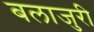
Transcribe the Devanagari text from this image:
बलाजुरी